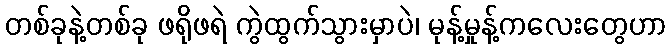
တစ်ခုနဲ့တစ်ခု ဖရိုဖရဲ ကွဲထွက်သွားမှာပဲ၊ မုန့်မှုန့်ကလေးတွေဟာ